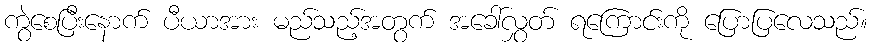
ကွဲစေပြီးနောက် ပီယာအား မည်သည့်အတွက် အခေါ်လွှတ် ရကြောင်းကို ပြောပြလေသည်။